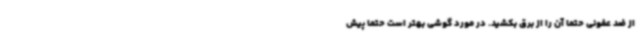
از ضد عفونی حتما آن را از برق بکشید. در مورد گوشی بهتر است حتما پیش